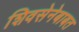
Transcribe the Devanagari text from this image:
शिवसेनेबाबत